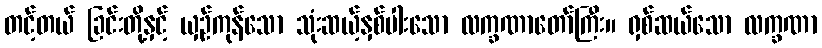
တင့်တယ် ခြင်းတို့နှင့် ယှဉ်ကုန်သော သုံးဆယ့်နှစ်ပါးသော လက္ခဏာတော်ကြီး။ ရှစ်ဆယ်သော လက္ခဏာ